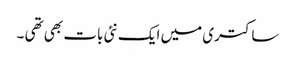
ساکتری میں ایک نئی بات بھی تھی ۔